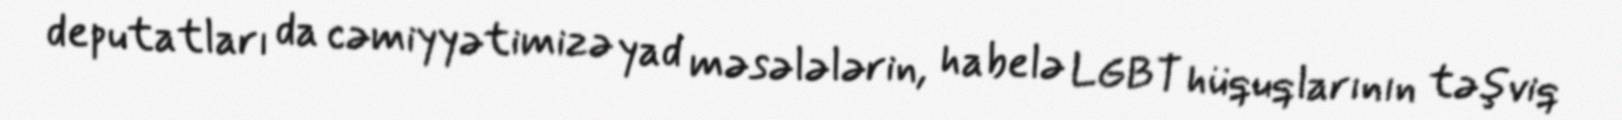
deputatları da cəmiyyətimizə yad məsələlərin, habelə LGBT hüquqlarının təşviq